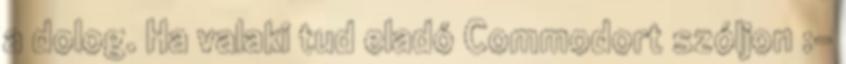
a dolog. Ha valaki tud eladó Commodort szóljon :-